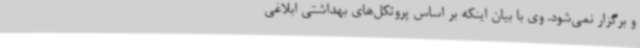
و برگزار نمی‌شود. وی با بیان اینکه بر اساس پروتکل‌های بهداشتی ابلاغی